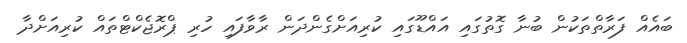
ބައެއް ފަރާތްތަކުން ބުނާ ގޮތުގައި އައްޑޫގައި ކުރިއަށްގެންދަން ރާވާފައި ހުރި ޕްރޮޖެކްޓްތައް ކުރިއަށްދާ